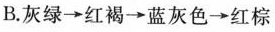
B. 灰绿 \rightarrow 红褐 \rightarrow 蓝灰色 \rightarrow 红棕